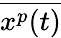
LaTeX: \overline{{x^{p}(t)}}